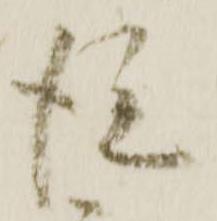
従